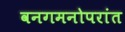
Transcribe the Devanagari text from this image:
वनगमनोपरांत